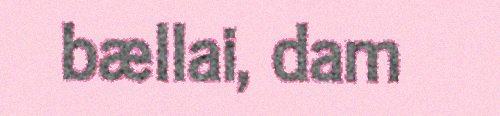
bællai, dam